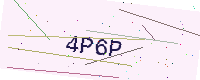
Text: 4P6P